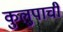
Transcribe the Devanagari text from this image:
कुलुपाची